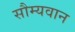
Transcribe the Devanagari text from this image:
सौम्यवान